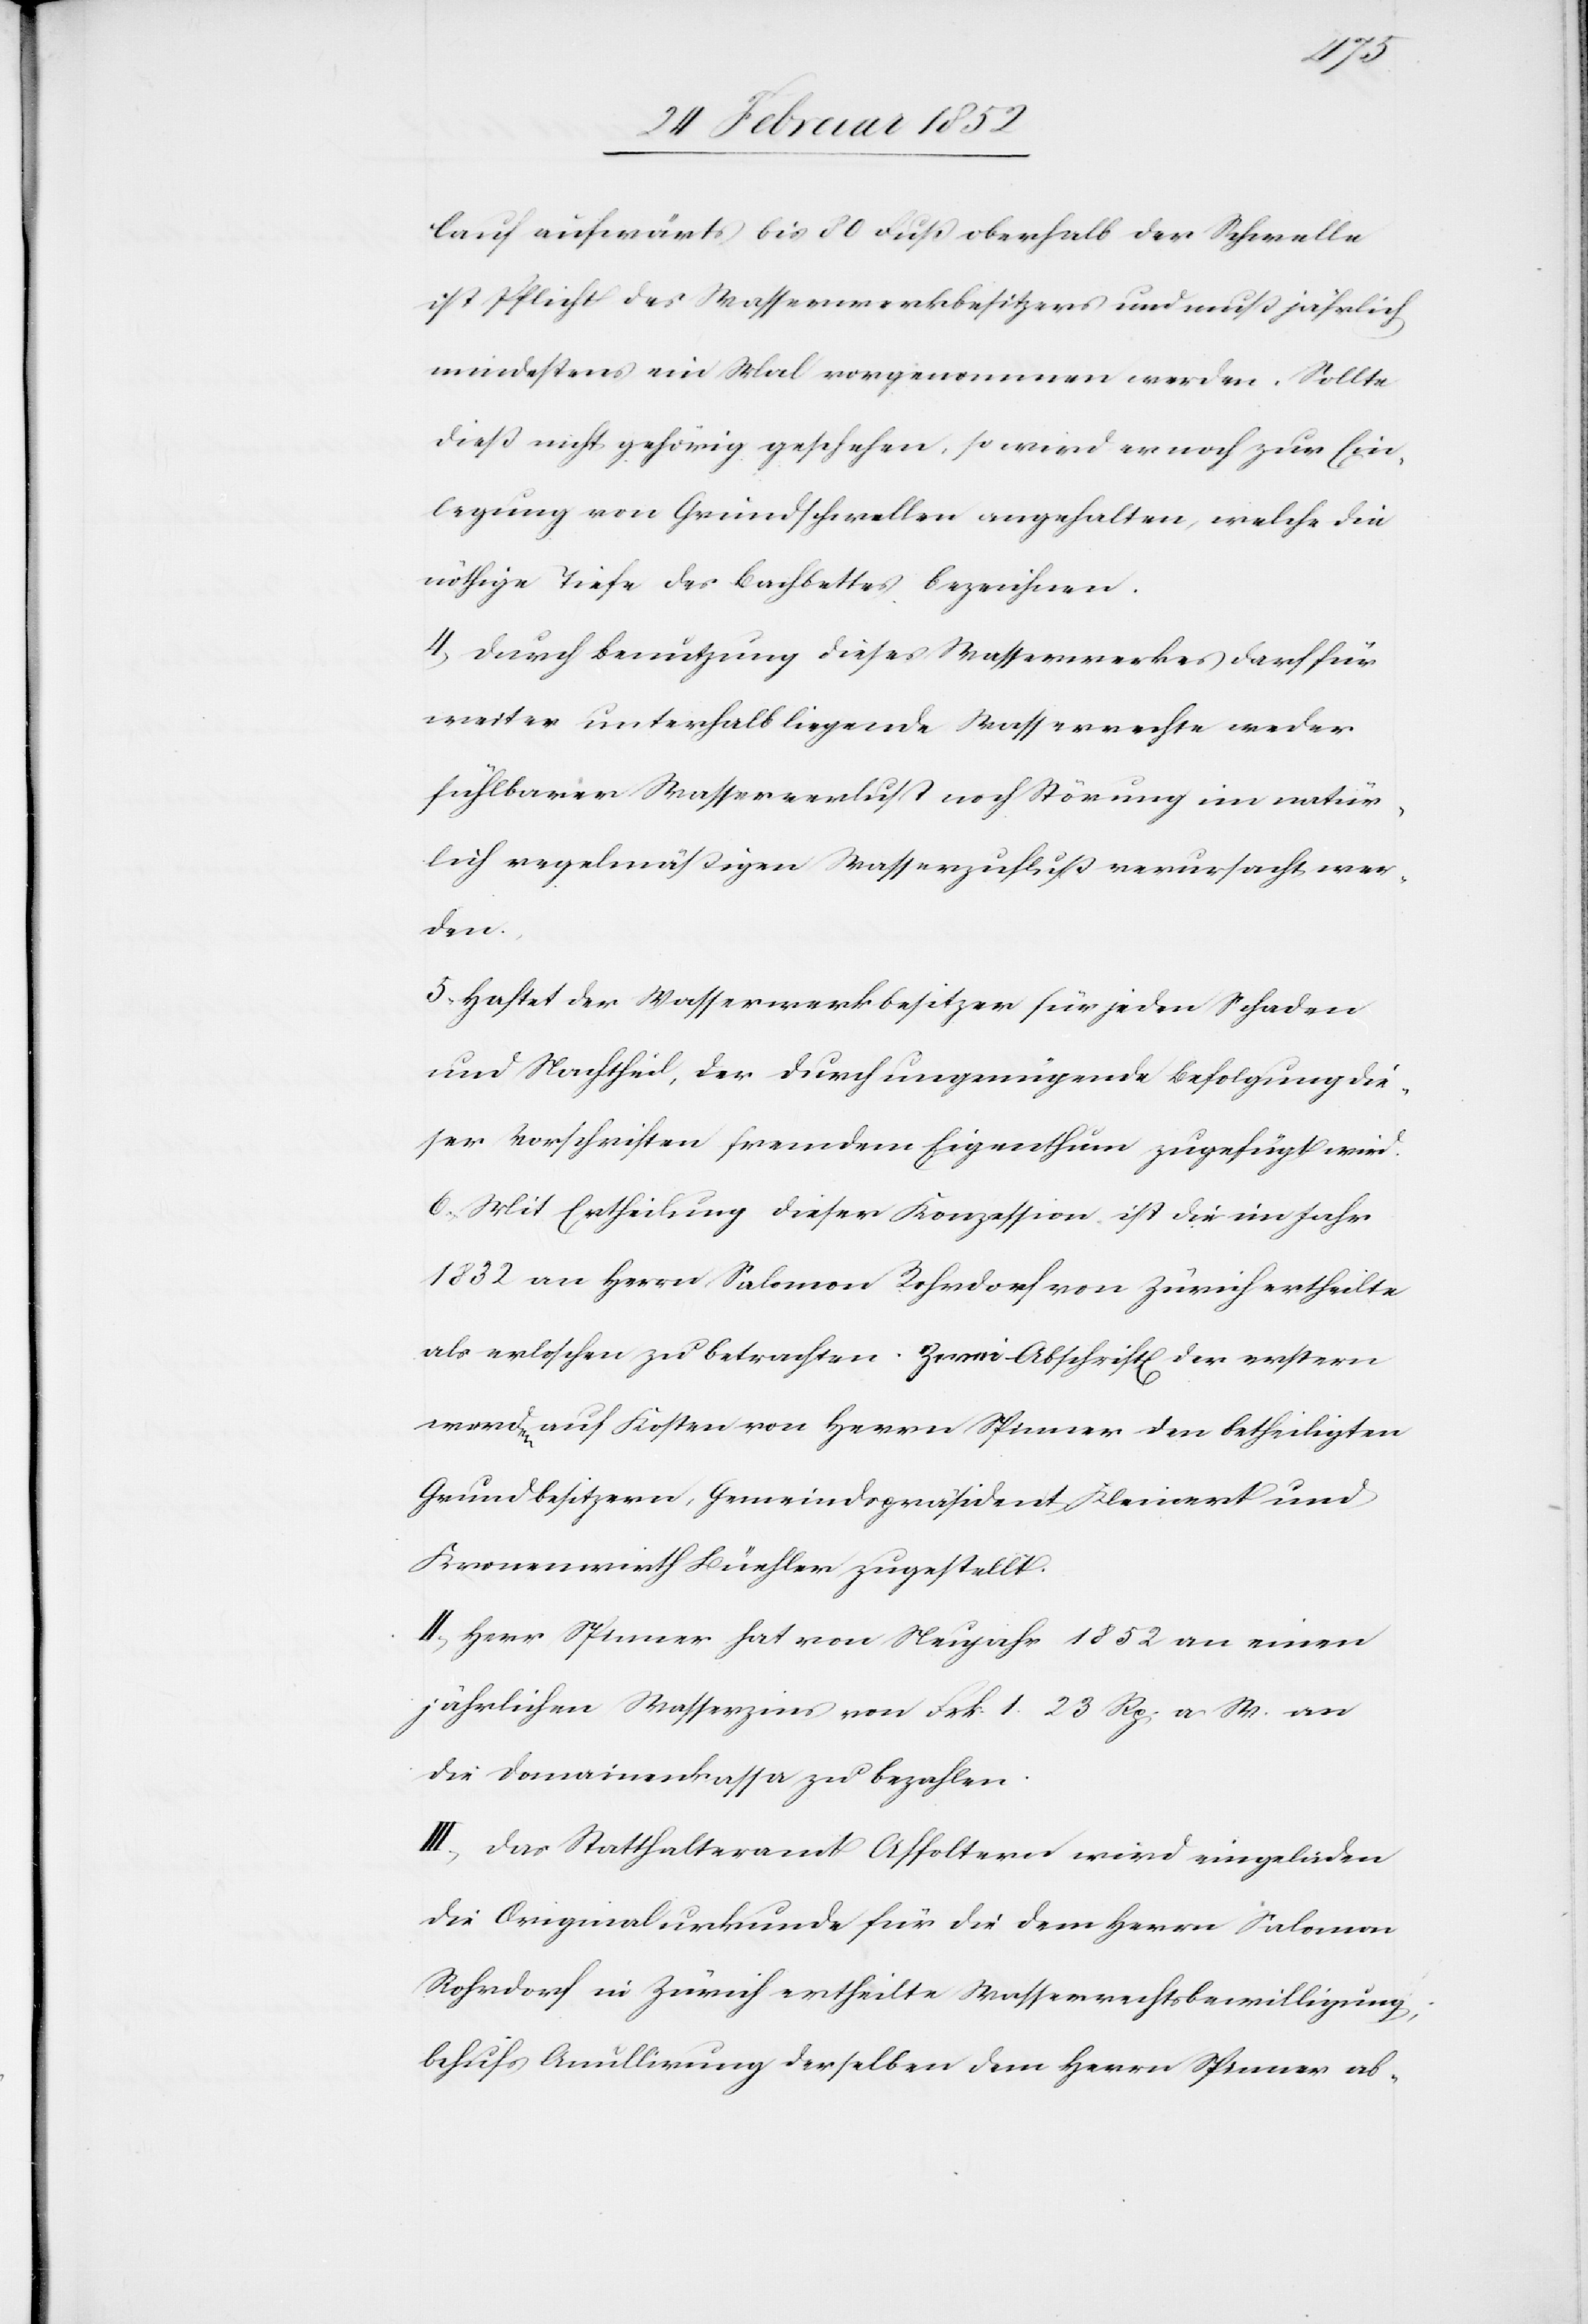
lauf aufwärts bis 30 Fuß oberhalb der Schwelle
ist Pflicht des Wasserwerkbesitzers und muß jährlich
mindestens ein Mal vorgenommen werden. Sollte
dieß nicht gehörig geschehen, so wird er noch zur Ein¬
legung von Grundschwellen angehalten, welche die
nöthige Tiefe des Bachbettes bezeichnen.
4) Durch Benutzung dieses Wasserwerkes darf für
weiter unterhalb liegende Wasserrechte weder
fühlbarer Wasserverlust noch Störung im natür¬
lich regelmäßigen Wasserzufluß verursacht wer¬
den.
5. Haftet der Wasserwerkbesitzer für jeden Schaden
und Nachtheil, der durch ungenügende Befolgung die¬
ser Vorschriften fremdem Eigenthum zugefügt wird.
6.) Mit Ertheilung dieser Konzession, ist die im Jahr
1832 an Herrn Salomon Rohrdorf von Zürich ertheilte
als erloschen zu betrachten. Zwei Abschrift[en] der erstern
werden auf Kosten von Herrn Spinner den Betheiligten
Grundbesitzern, Gemeindepräsident Kleinert und
Kronenwirth Büehler zugetheilt.
II.) Herr Spinner hat von Neujahr 1852 an einen
jährlichen Wasserzins von Frk. 1 23 Rp. a W. an
die Domainenkassa zu bezahlen.
III.) Das Statthalteramt Affoltern wird eingeladen
die Originalurkunde für die dem Herrn Salomon
Rohrdorf in Zürich ertheilte Wasserrechtsbewilligung
behufs Annullierung derselben dem Herrn Spinner ab-